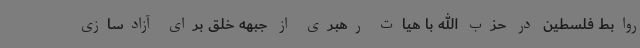
روابط فلسطین در حزب الله با هیات رهبری از جبهه خلق برای آزادسازی